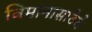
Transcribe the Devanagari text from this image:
विमानासाठेचे